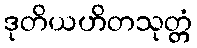
ဒုတိယဟိတသုတ္တံ